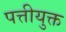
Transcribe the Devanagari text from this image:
पत्तीयुक्त